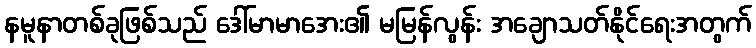
နမူနာတစ်ခုဖြစ်သည် ဒေါ်မာမာအေး၏ မမြန်လွန်း အချောသတ်နိုင်ရေးအတွက်